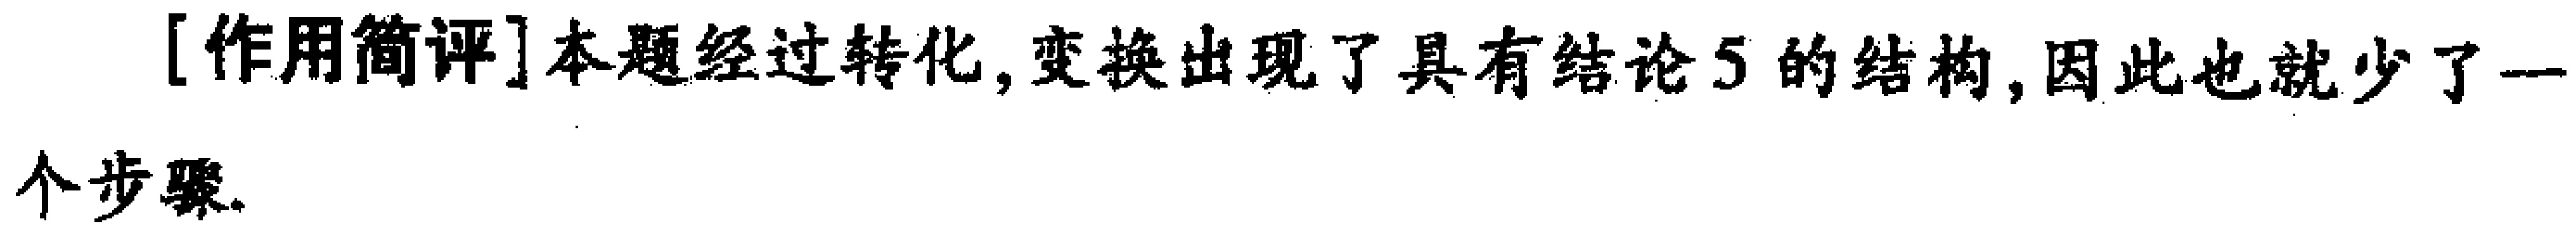
[作用简评]本题经过转化, 变换出现了具有结论5的结构, 因此也就少了一

个步骤.